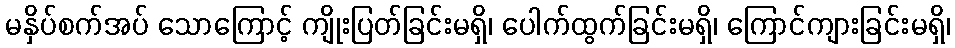
မနှိပ်စက်အပ် သောကြောင့် ကျိုးပြတ်ခြင်းမရှိ၊ ပေါက်ထွက်ခြင်းမရှိ၊ ကြောင်ကျားခြင်းမရှိ၊